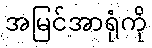
အမြင်အာရုံကို